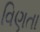
વિણતા